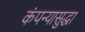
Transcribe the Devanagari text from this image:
कंपन्यासुद्धा